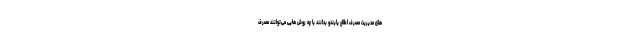
های مدیریت مصرف اطلاع یابندو بدانند با چه روش هایی می‌توانند مصرف